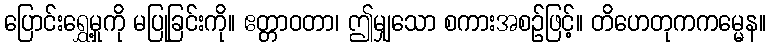
ပြောင်းရွှေ့မှုကို မပြုခြင်းကို။ ဧတ္တာဝတာ၊ ဤမျှသော စကားအစဉ်ဖြင့်။ တိဟေတုကကမ္မေန။